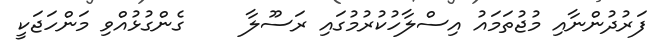
ފަރުދުންނާއި މުޖުތަމައު އިސްލާހުކުރުމުގައި ރަސޫލާ     ގެންގުޅުއްވި މަންހަޖަކީ